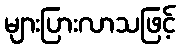
များပြားလာသဖြင့်